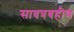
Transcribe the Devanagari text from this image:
सावत्रबहीण